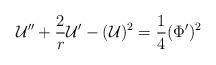
LaTeX: \begin{align*}{\cal U}'' + \frac{2}{r} {\cal U}' - ({\cal U})^2 ={1\over 4} (\Phi ')^2\end{align*}